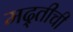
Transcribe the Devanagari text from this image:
मद्तीची